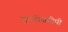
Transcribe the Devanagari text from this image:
इण्डोस्कोपी